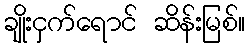
ချိုးငှက်ရောင် ဆိန်းမြစ်။